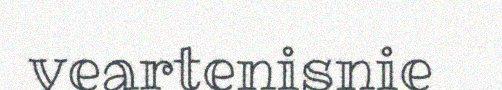
veartenisnie